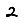
Digit: 2